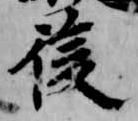
後